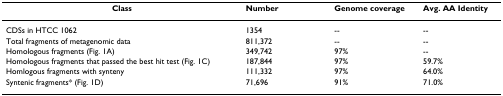
<table><thead><tr><td><b>Class</b></td><td><b>Number</b></td><td><b>Genome coverage</b></td><td><b>Avg. AA Identity</b></td></tr></thead><tbody><tr><td>CDSs in HTCC 1062</td><td>1354</td><td>--</td><td>--</td></tr><tr><td>Total fragments of metagenomic data</td><td>811,372</td><td>--</td><td>--</td></tr><tr><td>Homologous fragments (Fig. 1A)</td><td>349,742</td><td>97%</td><td>--</td></tr><tr><td>Homologous fragments that passed the best hit test (Fig. 1C)</td><td>187,844</td><td>97%</td><td>59.7%</td></tr><tr><td>Homlogous fragments with synteny</td><td>111,332</td><td>97%</td><td>64.0%</td></tr><tr><td>Syntenic fragments* (Fig. 1D)</td><td>71,696</td><td>91%</td><td>71.0%</td></tr></tbody></table>